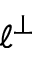
\ell ^ { \perp }